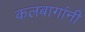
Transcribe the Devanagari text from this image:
कलबागांनी